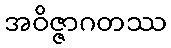
အဝိဇ္ဇာဂတဿ